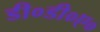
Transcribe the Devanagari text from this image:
डी०डी०ए०